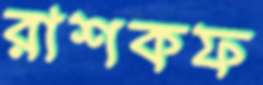
রাশকফ